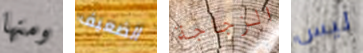
ومنها الضعيف الزجاجة ليس